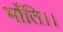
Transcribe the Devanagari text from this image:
भाँति।।